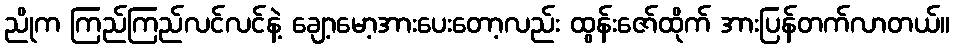
ညိုက ကြည်ကြည်လင်လင်နဲ့ ချော့မော့အားပေးတော့လည်း ထွန်းဇော်ထိုက် အားပြန်တက်လာတယ်။